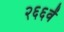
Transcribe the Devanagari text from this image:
२६६वें